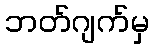
ဘတ်ဂျက်မှ